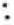
: